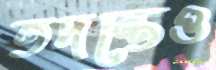
তদন্তেও